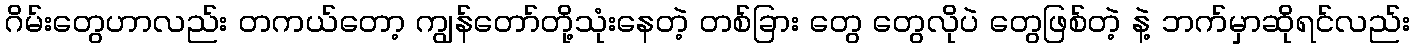
ဂိမ်းတွေဟာလည်း တကယ်တော့ ကျွန်တော်တို့သုံးနေတဲ့ တစ်ခြား တွေ တွေလိုပဲ တွေဖြစ်တဲ့ နဲ့ ဘက်မှာဆိုရင်လည်း